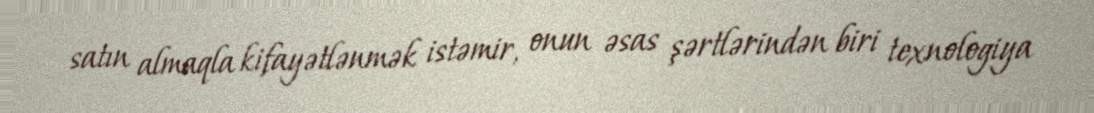
satın almaqla kifayətlənmək istəmir, onun əsas şərtlərindən biri texnologiya